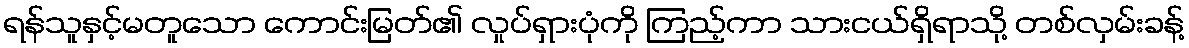
ရန်သူနှင့်မတူသော ကောင်းမြတ်၏ လှုပ်ရှားပုံကို ကြည့်ကာ သားငယ်ရှိရာသို့ တစ်လှမ်းခန့်